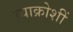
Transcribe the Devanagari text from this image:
व्याक्रोशीं